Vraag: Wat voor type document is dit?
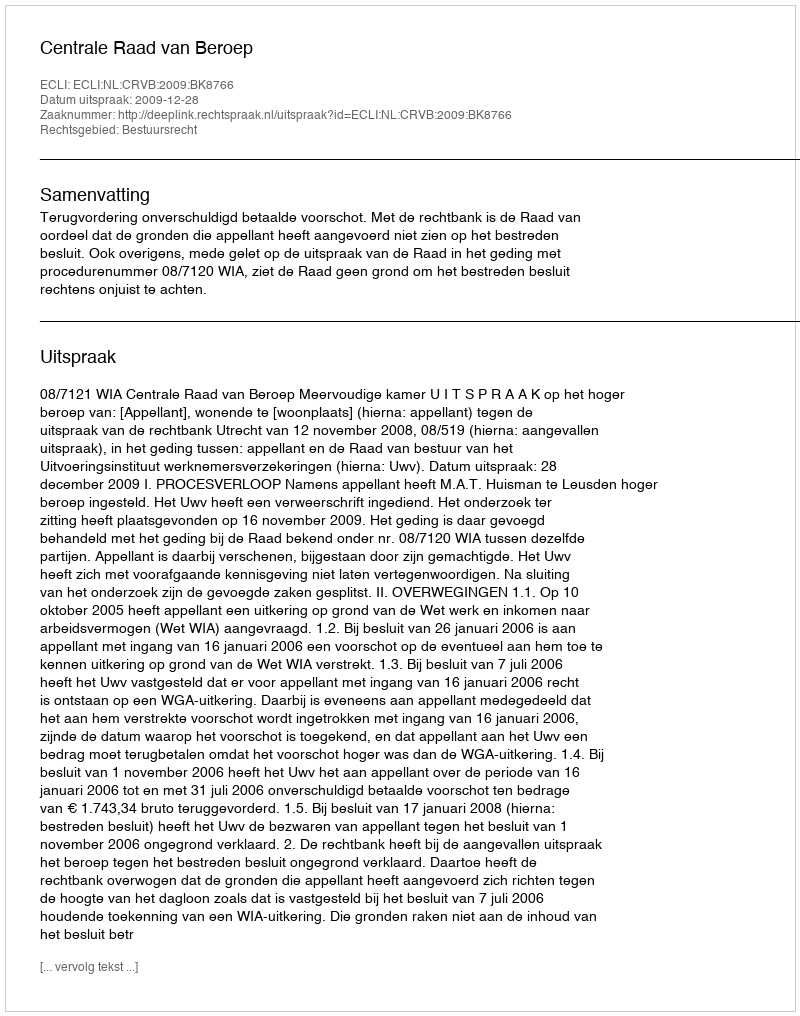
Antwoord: Uitspraak